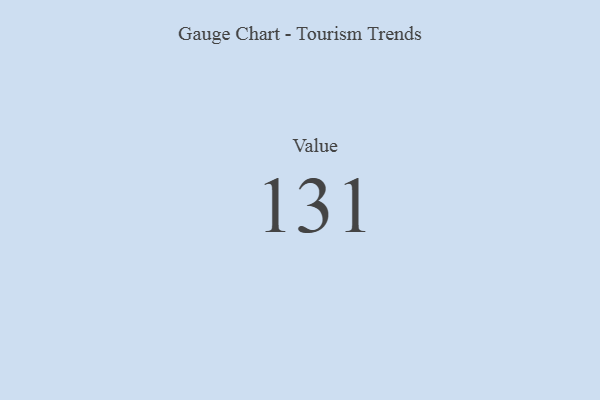
{"axis": {"x": "Metric", "y": "Value"}, "legend": [""], "data": [{"x": "Value", "y": 131, "type": ""}]}